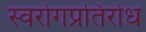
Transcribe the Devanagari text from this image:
स्वरोगप्रतिरोध